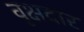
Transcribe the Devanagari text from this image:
वृक्षदार